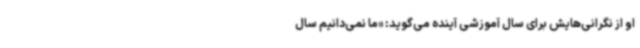
او از نگرانی‌هایش برای سال آموزشی آینده می‌گوید: «ما نمی‌دانیم سال